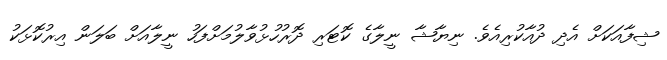
ޝިފާއަކަށް އެދި ދުއާކުރިއެވެ. ނިޔާޝާ ނީލާގެ ކޮޓަރި ދޮރުހުޅުވާލުމަށްފަހު ނީލާއަށް ބަލަން އިރުކޮޅަކު